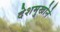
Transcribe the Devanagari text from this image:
देशमुखोने